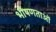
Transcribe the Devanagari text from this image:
भीषणताओं